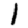
Digit: 1